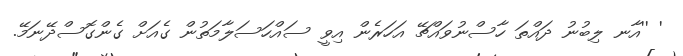
' ''އާނ ލިބުނު ދައްތަ ހާސްނުވައްޗޭ އަހަރެން އިވީ ސައްހަސަލާމަތުން ގެއަށް ގެންގޮސްދޭނަމޭ.